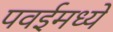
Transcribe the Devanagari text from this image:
पवईमध्ये